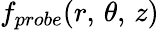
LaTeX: f_{probe}(r,\, \theta,\, z)